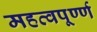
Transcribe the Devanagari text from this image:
महत्वपूर्ण्ण